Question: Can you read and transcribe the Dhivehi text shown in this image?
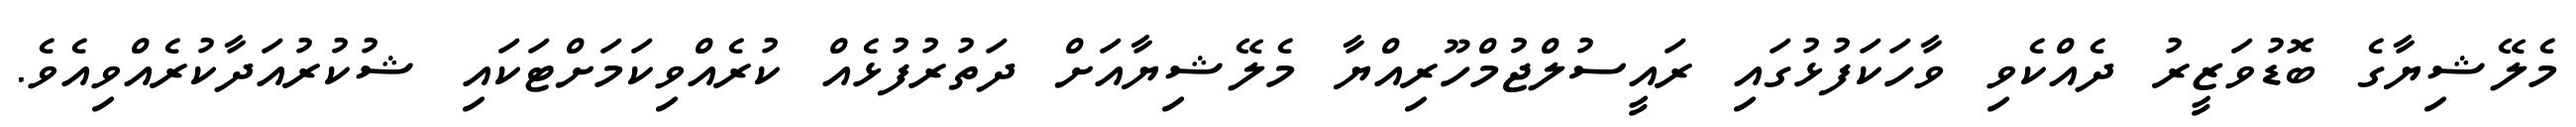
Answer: މެލޭޝިޔާގެ ބޮޑުވަޒީރު ދެއްކެވި ވާހަކަފުޅުގައި ރައީސުލްޖުމްހޫރިއްޔާ މެލޭޝިޔާއަށް ދަތުރުފުޅެއް ކުރެއްވިކަމަށްޓަކައި ޝުކުރުއަދާކުރެއްވިއެވެ.